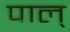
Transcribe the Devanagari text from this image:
पाल्